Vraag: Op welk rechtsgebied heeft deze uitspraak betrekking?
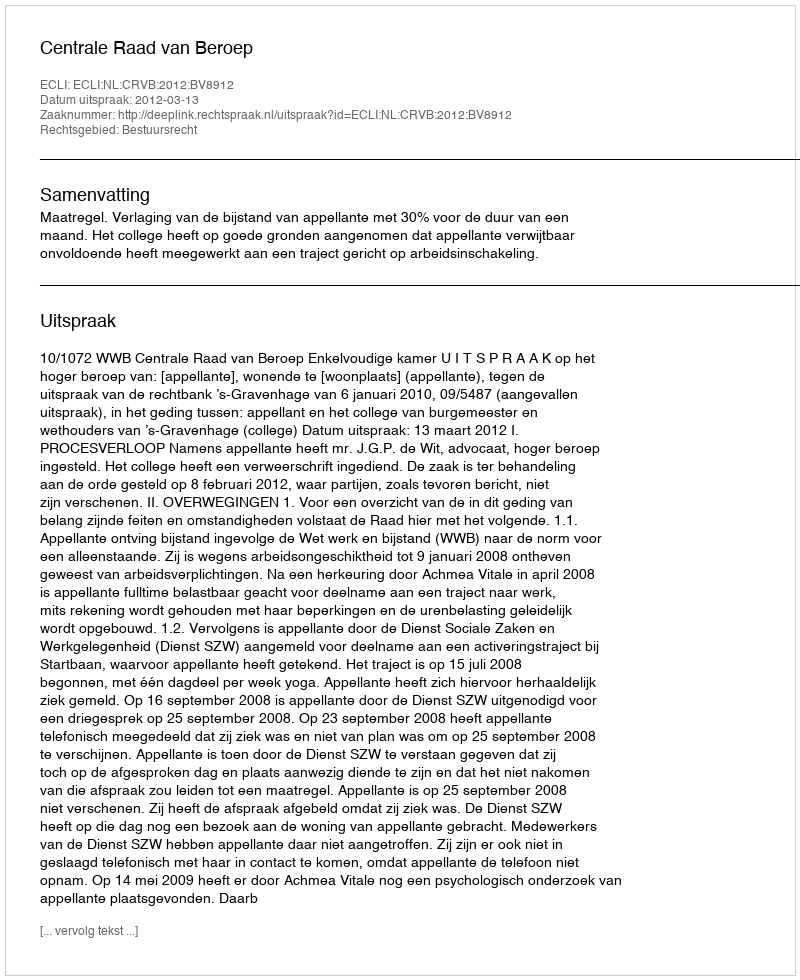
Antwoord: Bestuursrecht